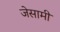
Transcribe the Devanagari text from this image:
जेसामी